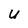
Character: u